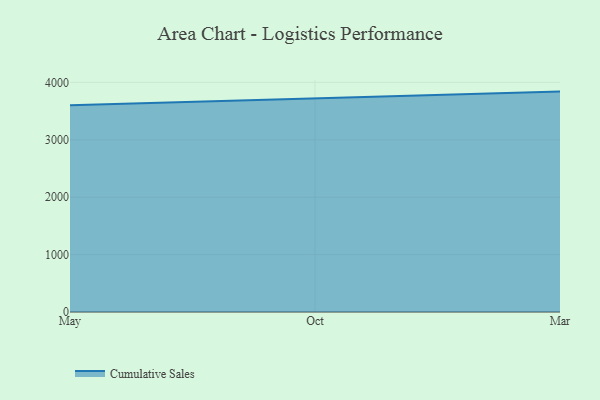
{"axis": {"x": "Month", "y": "Backlog"}, "legend": ["Cumulative Sales"], "data": [{"x": "May", "y": 3603.1, "type": "Cumulative Sales"}, {"x": "Oct", "y": 3718.2, "type": "Cumulative Sales"}, {"x": "Mar", "y": 3839.9, "type": "Cumulative Sales"}]}